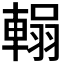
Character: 𮝞